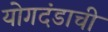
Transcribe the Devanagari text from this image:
योगदंडाची